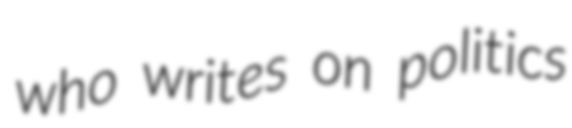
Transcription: who writes on politics